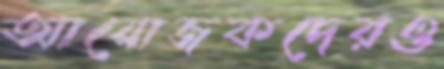
আয়োজকদেরও